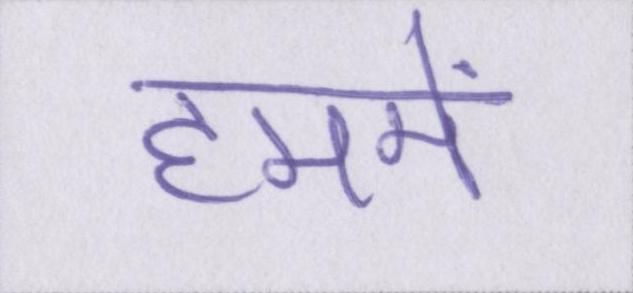
हममें